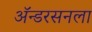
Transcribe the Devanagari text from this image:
ॲन्डरसनला